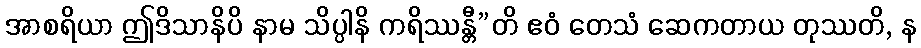
အာစရိယာ ဤဒိသာနိပိ နာမ သိပ္ပါနိ ကရိဿန္တီ”တိ ဧဝံ တေသံ ဆေကတာယ တုဿတိ, န